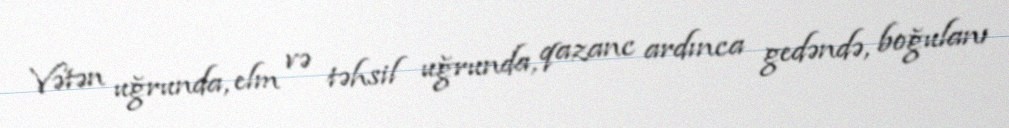
Vətən uğrunda, elm və təhsil uğrunda, qazanc ardınca gedəndə, boğulanı